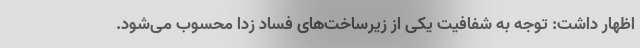
اظهار داشت: توجه به شفافیت یکی از زیرساخت‌های فساد زدا محسوب می‌شود.